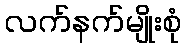
လက်နက်မျိုးစုံ